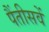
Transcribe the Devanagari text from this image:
पैंतीसवें